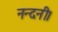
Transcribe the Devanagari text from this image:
नन्दनी।